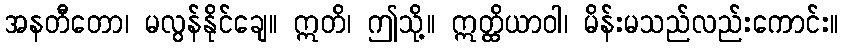
အနတီတော၊ မလွန်နိုင်ချေ။ ဣတိ၊ ဤသို့။ ဣတ္ထိယာဝါ၊ မိန်းမသည်လည်းကောင်း။